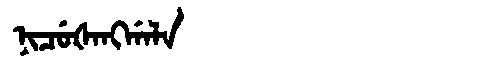
Manchu: ᠨᡳᠴᡠᡧᠠᠩᡤᠠᠯᠠ
Romanization: NICUŠANGGALA